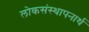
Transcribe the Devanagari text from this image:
लोकसंस्थापनार्थ